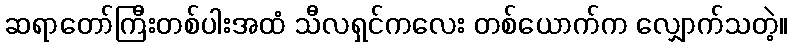
ဆရာတော်ကြီးတစ်ပါးအထံ သီလရှင်ကလေး တစ်ယောက်က လျှောက်သတဲ့။